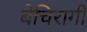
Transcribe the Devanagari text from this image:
बेचिरागी